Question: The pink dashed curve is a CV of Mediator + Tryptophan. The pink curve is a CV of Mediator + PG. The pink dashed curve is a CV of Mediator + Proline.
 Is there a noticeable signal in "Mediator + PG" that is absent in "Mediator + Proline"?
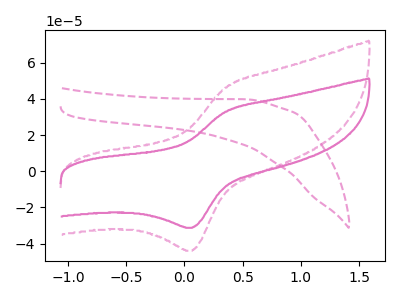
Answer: <think>The pink dashed curve "Mediator + Tryptophan" has no peaks. The pink curve "Mediator + PG" has an anodic peak at (0.35V, 32.90uA) and a cathodic peak at (0.05V, -31.30uA). The pink dashed curve "Mediator + Proline" has an anodic peak at (0.35V, 46.25uA) and a cathodic peak at (0.05V, -44.00uA).
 All the peaks in "Mediator + PG" have a peak in "Mediator + Proline" at the same potential. Every peak in "Mediator + PG" is lower than every peak in "Mediator + Proline".</think>
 <answer>No, "Mediator + PG" and "Mediator + Proline" don't appear to be significantly different in shape</answer>
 <eval>no_change</eval>